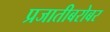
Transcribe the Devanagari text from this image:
प्रजातीबरोबर